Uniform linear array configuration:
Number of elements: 24
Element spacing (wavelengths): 0.5
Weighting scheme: blackman
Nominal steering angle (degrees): -45
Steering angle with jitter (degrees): -44.711
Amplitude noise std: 0.05
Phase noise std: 0.05

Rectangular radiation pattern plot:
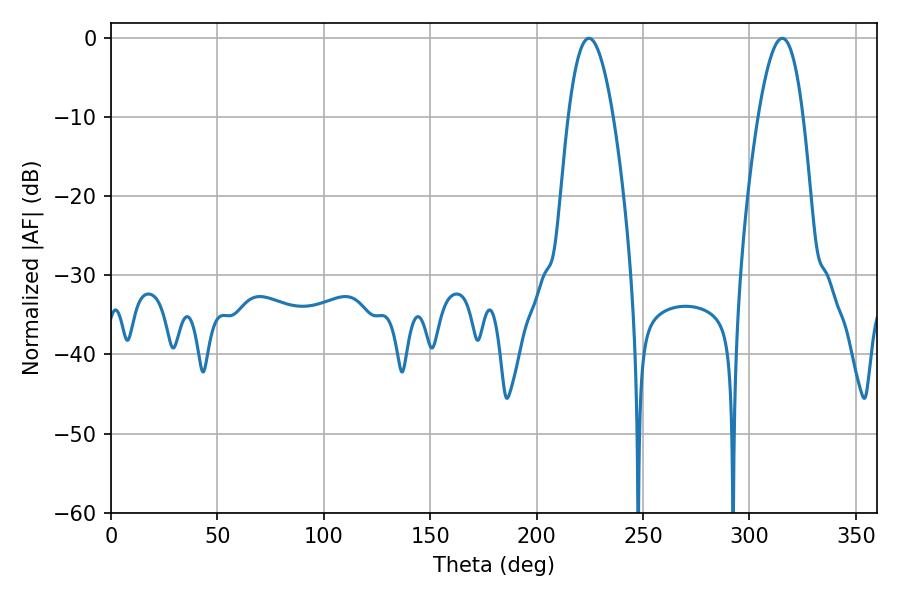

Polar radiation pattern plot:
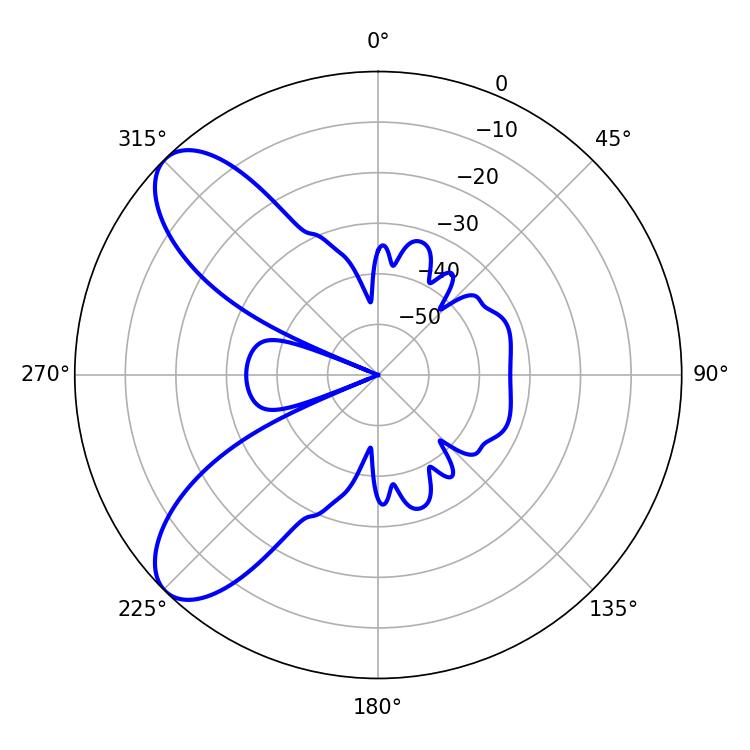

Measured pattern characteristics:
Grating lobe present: FALSE
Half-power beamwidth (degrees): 11.52
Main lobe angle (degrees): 224.64